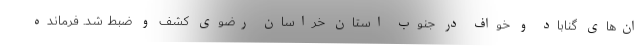
ان‌های گناباد و خواف در جنوب استان خراسان رضوی کشف و ضبط شد. فرمانده